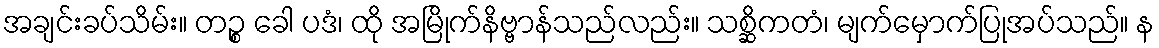
အချင်းခပ်သိမ်း။ တဉ္စ ခေါ ပဒံ၊ ထို အမြိုက်နိဗ္ဗာန်သည်လည်း။ သစ္ဆိကတံ၊ မျက်မှောက်ပြုအပ်သည်။ န